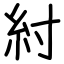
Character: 紂